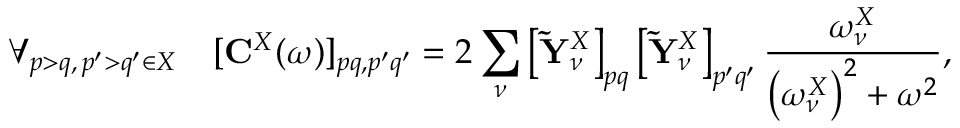
\forall _ { p > q , \, p ^ { \prime } > q ^ { \prime } \in X } \ \ \ [ { \bf C } ^ { X } ( \omega ) ] _ { p q , p ^ { \prime } q ^ { \prime } } = 2 \sum _ { \nu } \left[ \mathbf { \tilde { Y } } _ { \nu } ^ { X } \right] _ { p q } \left[ \mathbf { \tilde { Y } } _ { \nu } ^ { X } \right] _ { p ^ { \prime } q ^ { \prime } } \frac { \omega _ { \nu } ^ { X } } { \left( \omega _ { \nu } ^ { X } \right) ^ { 2 } + \omega ^ { 2 } } ,